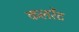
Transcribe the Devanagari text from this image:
कलरेंट